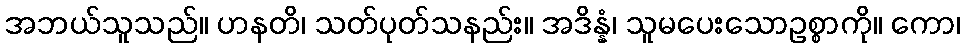
အဘယ်သူသည်။ ဟနတိ၊ သတ်ပုတ်သနည်း။ အဒိန္နံ၊ သူမပေးသောဥစ္စာကို။ ကော၊